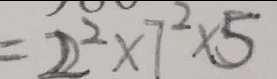
= 2 ^ { 2 } \times 7 ^ { 2 } \times 5